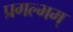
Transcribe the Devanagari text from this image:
प्रगल्भम्